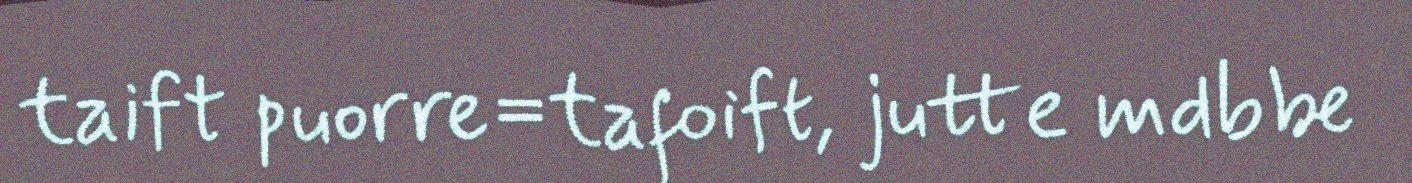
taift puorre=tafoift, jutte mdbbe